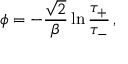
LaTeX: \phi = - \frac { \sqrt { 2 } } { \beta } \ln \frac { \tau _ { + } } { \tau _ { - } } \, ,